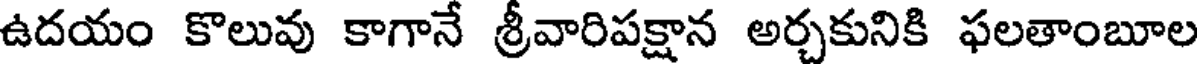
ఉదయం కొలువు కాగానే శ్రీవారిపక్షాన అర్చకునికి ఫలతాంబూల